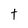
Character: t